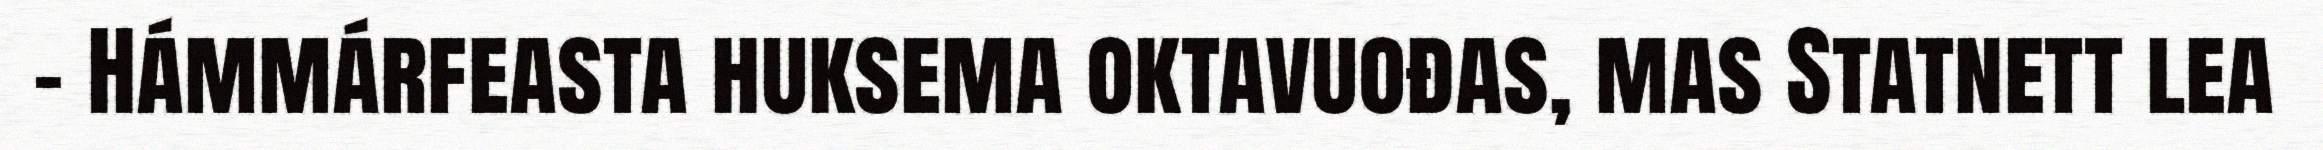
- Hámmárfeasta huksema oktavuođas, mas Statnett lea